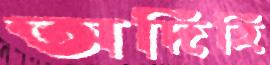
অদিহি